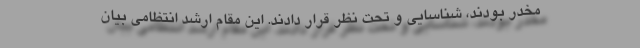
مخدر بودند، شناسایی و تحت نظر قرار دادند. این مقام ارشد انتظامی بیان